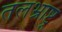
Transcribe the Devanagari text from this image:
तलभ्राष्ट्र